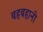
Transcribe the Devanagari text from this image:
बहबहानी